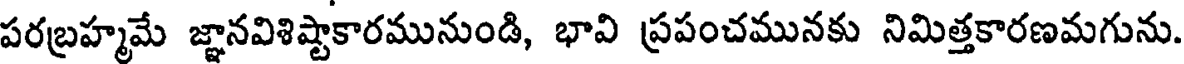
పరబ్రహ్మమే జ్ఞానవిశిష్టాకారమునుండి, భావి ప్రపంచమునకు నిమిత్తకారణమగును.